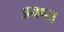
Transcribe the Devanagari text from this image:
अवष्य